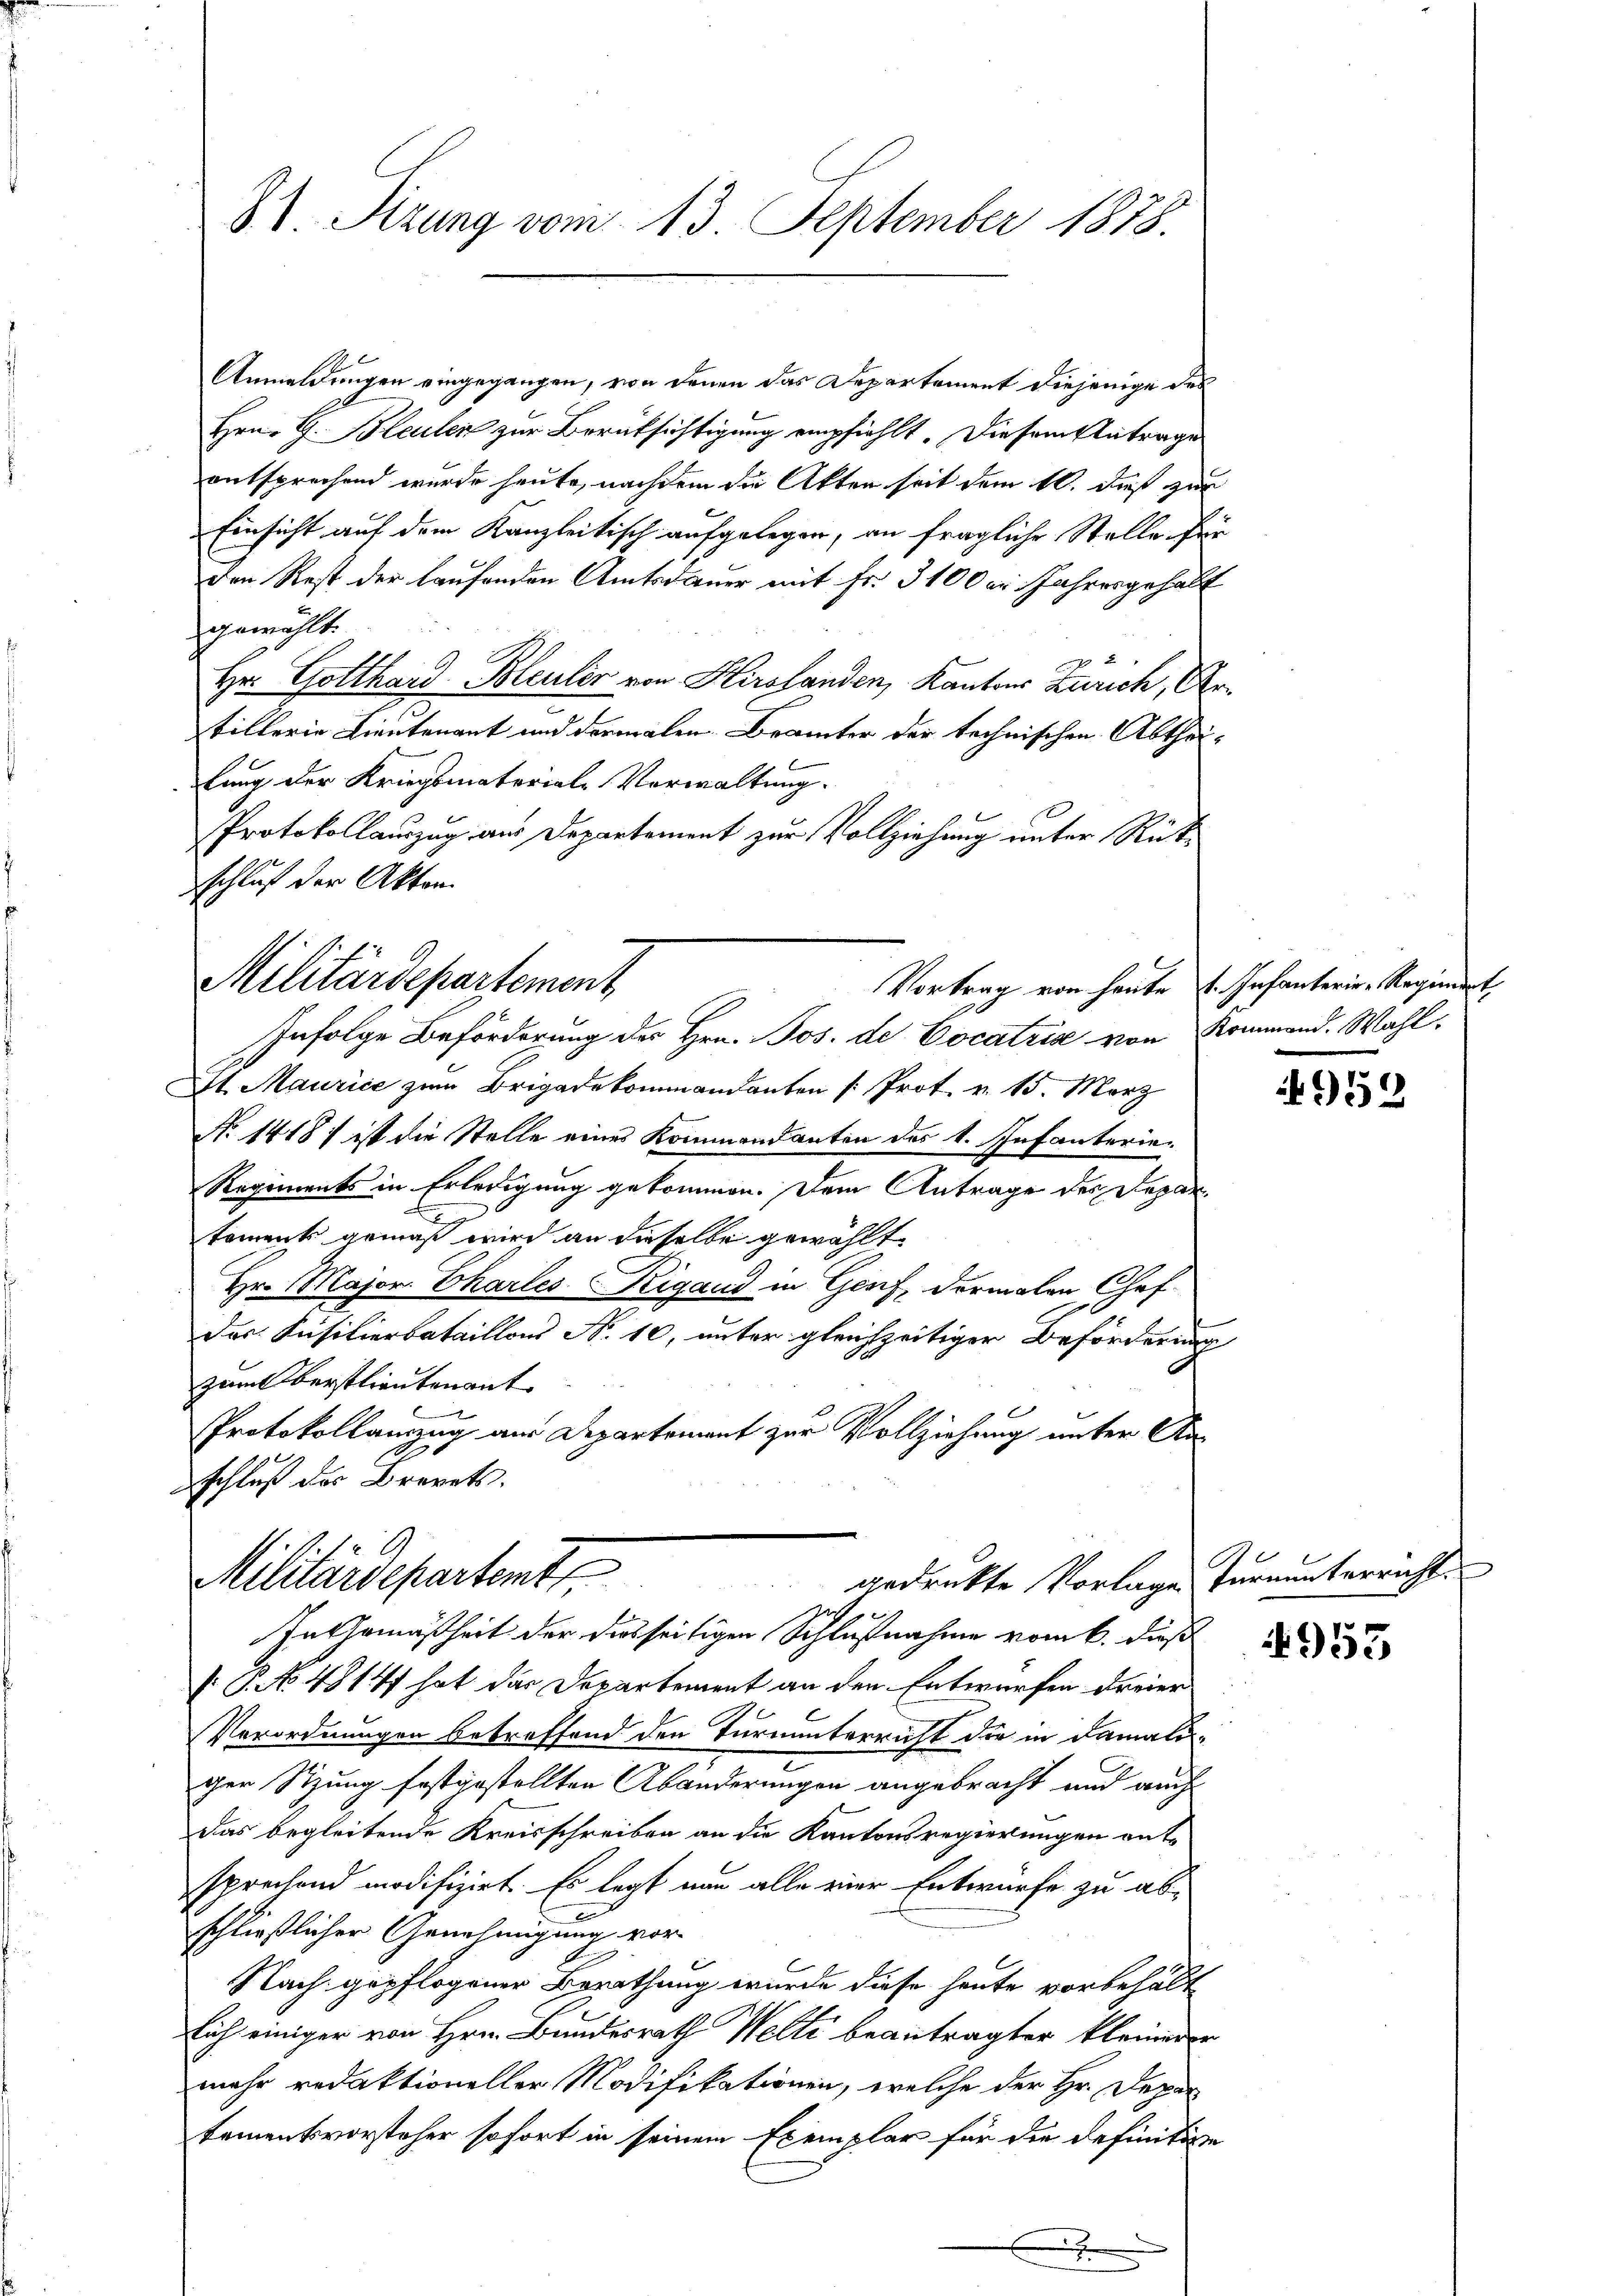
31. Sitzung vom 13. September 1878.

Anmeldungen eingegangen, von denen das Departement diejenige des
Hrn. G. Bleuler zur Berüksichtigung empfiehlt. Diesem Antrage
entsprechend wurde heute, nachdem die Akten seit dem 16. dieß zur
Einsicht auf dem Kanzleitisch aufgelegen, an fragliche Stelle für
den Rest der laufenden Amtsdauer mit Fr. 3100er Jahresgehält
gewählt.
Hr. Gotthard Bleuler von Hirslanden, Kantons Zürich, Urtillerie Lieutenant und dermalen Brämter der technischen Abtheilung der Kriegsmateriale Vorwaltung.
Protokollauszug aus Departement zur Vollziehung unter Rückschluß der Akten

Militärdepartement

Militärdepartemte
gedrukte Vorlage fernunterricht.
u
In Gemäßheit der diesseitigen Schlußnahme vom 6. dieß

Infolge Beförderung des Hrn. Jos. de Cocatris von Kommand. Wahl¬
St. Maurice zum Brigadekommandanten [Prot. v. 15. März
No 1418) ist die Stelle eines Kommendanten des 1. Infanterie-
Regiments in Erledigung gekommen. Dem Antrage des Deparkoments gemäß wird an dieselbe gewählt
Hr. Major Charles Rigand in Genf, dermalen Chef
Der Füsilierbataillons No 10, unter gleichzeitiger Beförderung
zweck berstlieutenant
Protokollanzug aus Departement zur Vollziehung unter An-
schluß der Brevets.

P. No 48147 hat das Departement an den Entwürfen dreier
Verordnungen betreffend den Turnunterricht die in Damaliger Sitzung festgestellten Abänderungen angebracht und auch
Das begleitende Kreisschreiben an die Kantonsregierungen entsprechend modifizirt. Es legt nun alle einer Entwurfe zu abschließlicher Genehmigung vor
Nach gepflogener Berathung wurde diese heute vorbehält
lich einiger von Hrn. Bundesrath Welti beantragter kleinerer
mehr redaktioneller Modifikationen, welche der Hr. Depar
tementsvorsteher sofort in seinem Exemplar für die definitive

Vortrag von heute u. Infanterie-Regiment,

953

e

4953